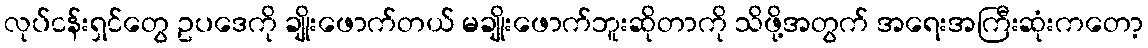
လုပ်ငန်းရှင်တွေ ဥပဒေကို ချိုးဖောက်တယ် မချိုးဖောက်ဘူးဆိုတာကို သိဖို့အတွက် အရေးအကြီးဆုံးကတော့